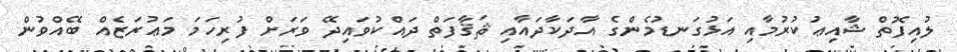
ލުއިފޮތް ޝާއިޢުކުރުމާއި އަޅުގަނޑުމެންގެ އާދަކާދައާއި ޘަޤާފަތް ދައްކުވައިދޭ ވަރަށް ފުރިހަމަ މަޢުރަޒެއް ބޭއްވުން